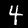
Label: 4